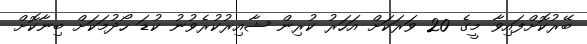
ބޭރުކޮށްފައިވާ މީގެ 20 ވަރަކަށް އަހަރު ކުރިން ޝާއިރުކުރެވުނު ކުޑަ ހޯދުމަކަށް ބިނާކޮށް